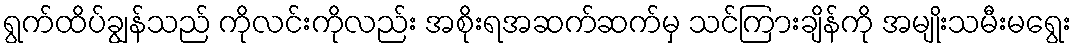
ရွက်ထိပ်ချွန်သည် ကိုလင်းကိုလည်း အစိုးရအဆက်ဆက်မှ သင်ကြားချိန်ကို အမျိုးသမီးမရွေး